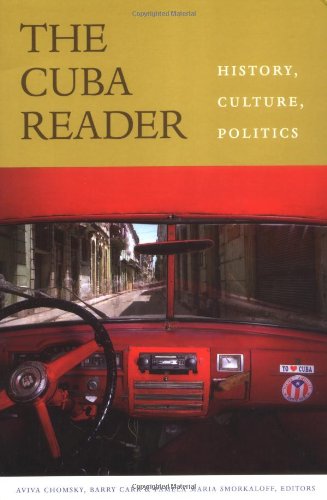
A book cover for The Cuba Reader: History, Culture, Politics (The Latin America Readers); History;